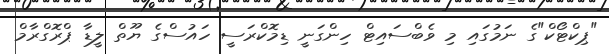
"ޕިކްޓޯކް"ގެ ނަމުގައި މި ވެބްސައިޓް ހިންގަނީ ޑިމޮކްރަސީ ހައުސްގެ ޔޫތް ލީޑާ ޕްރޮގްރާމް